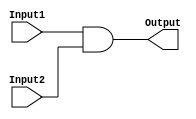
`timescale 1ns / 1ps
//////////////////////////////////////////////////////////////////////////////////
// Company: 
// Engineer: 
// 
// Design Name: 
// Module Name: ANDgate
// Project Name: 
// Target Devices: 
// Tool Versions: 
// Description: 
// 
// Dependencies: 
// 
// Revision:
// Revision 0.01 - File Created
// Additional Comments:
// 
//////////////////////////////////////////////////////////////////////////////////


module ANDgate(Output, Input1, Input2);
    input Input1;
    input Input2;
    output Output;
    
    assign Output = Input1 & Input2;

endmodule